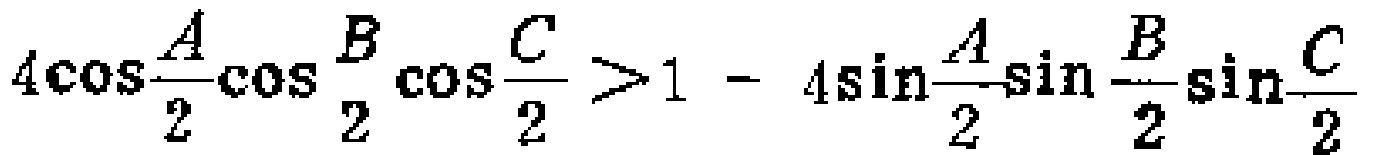
\(4\cos\frac{A}{2}\cos\frac{B}{2}\cos\frac{C}{2}>1 - 4\sin\frac{A}{2}\sin\frac{B}{2}\sin\frac{C}{2}\)